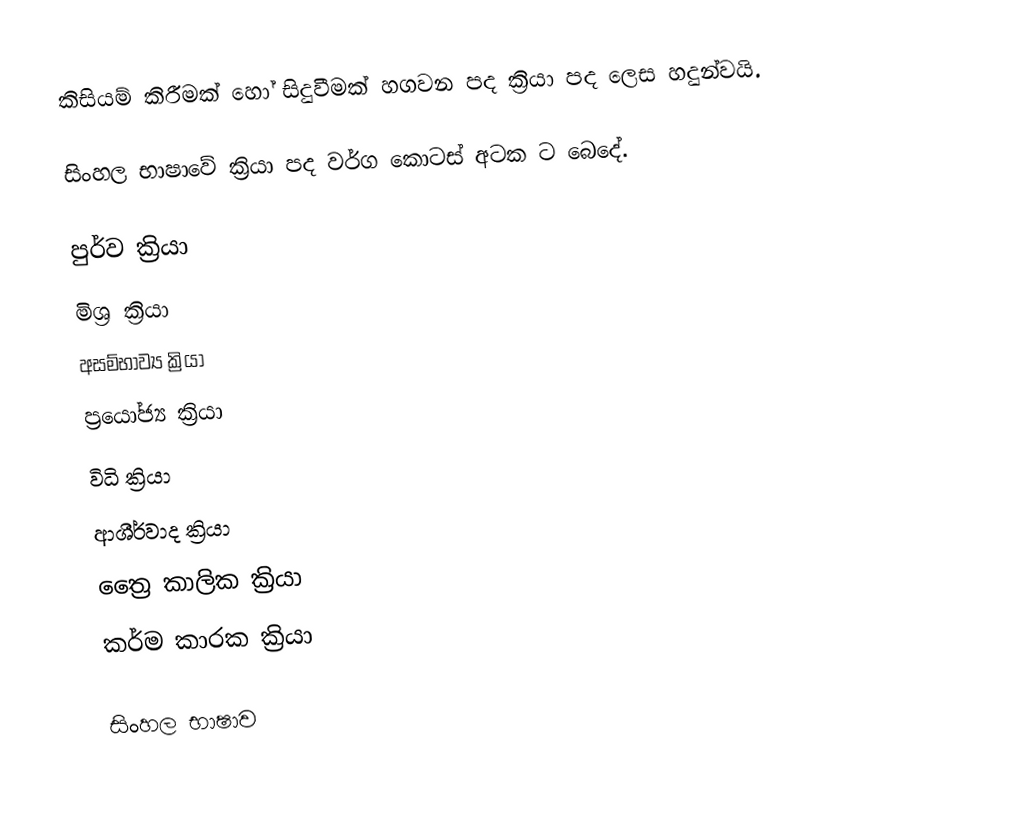
කිසියම් කිරීමක් හෝ සිදුවීමක් හගවන පද ක්‍රියා පද ලෙස හදුන්වයි.

සිංහල භාෂාවේ ක්‍රියා පද වර්ග කොටස් අටක ට බෙදේ.

 පුර්ව ක්‍රියා
 මිශ්‍ර ක්‍රියා
 අසම්භාව්‍ය ක්‍රියා
 ප්‍රයෝජ්‍ය ක්‍රියා
 විධි ක්‍රියා
 ආශීර්වාද ක්‍රියා
 ත්‍රෛ කාලික ක්‍රියා
 කර්ම කාරක ක්‍රියා

සිංහල භාෂාව